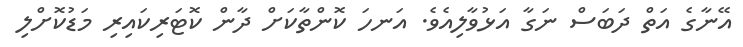
އޭނާގެ އަތް ދަބަސް ނަގާ އަޅުވާލިއެވެ. އަނހަ ކޮންތާކަށް ދާން ކޮޓަރިކައިރި މަޑުކޮށްލި